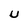
Character: U